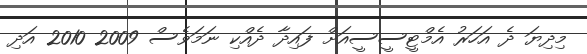
މިދިޔަ ދެ އަހަރު އެމްޓީސީސީއަށް ފައިދާ ދެއްކި ނަމަވެސް 2009 2010 އަދި